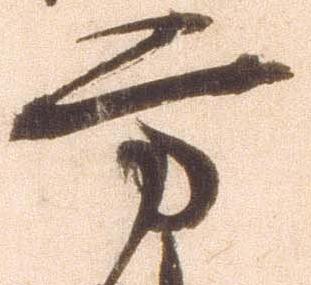
方